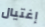
إغتيال